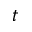
t